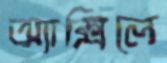
অ্যাক্সিলে